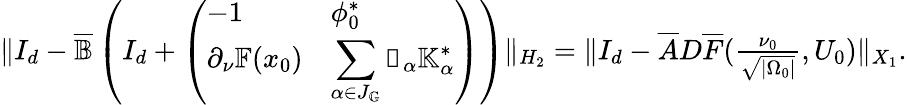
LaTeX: \begin{array}{r}{\| I_{d}-\overline{{\mathbb{B}}}\left(I_{d}+\left(\begin{array}{ll}{-1}&{\phi_{0}^{*}}\\ {\partial_{\nu}\mathbb{F}(x_{0})}&{\displaystyle\sum_{\alpha\in J_{\mathbb{G}}}\mathbb{v}_{\alpha}\mathbb{K}_{\alpha}^{*}}\end{array}\right)\right)\| _{H_{2}}=\| I_{d}-\overline{{A}}D\overline{{F}}(\frac{\nu_{0}}{\sqrt{|{\Omega_{0}}|}},U_{0})\| _{X_{1}}.}\end{array}